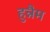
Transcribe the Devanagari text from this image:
हुन्नैम